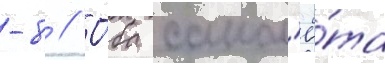
-8 // О́ба самол'ё́та